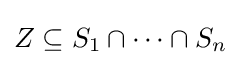
Z\subseteq S_{1}\cap \cdots \cap S_{n}